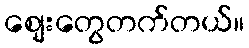
စျေးတွေတက်တယ်။